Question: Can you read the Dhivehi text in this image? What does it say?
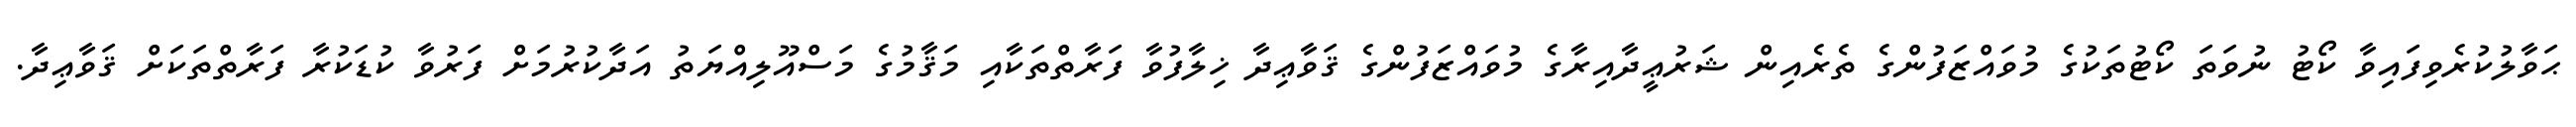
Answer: ޙަވާލުކުރެވިފައިވާ ކޯޓު ނުވަތަ ކޯޓުތަކުގެ މުވައްޒަފުންގެ ތެރެއިން ޝަރުޢީދާއިރާގެ މުވައްޒަފުންގެ ޤަވާޢިދާ ޚިލާފުވާ ފަރާތްތަކާއި މަޤާމުގެ މަސްއޫލިއްޔަތު އަދާކުރުމަށް ފަރުވާ ކުޑަކުރާ ފަރާތްތަކަށް ޤަވާޢިދާ.